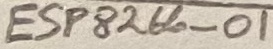
Text: ESP8266-01